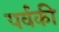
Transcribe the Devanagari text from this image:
पर्वकी